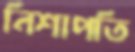
নিশাপতি